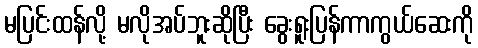
မပြင်းထန်လို့ မလိုအပ်ဘူးဆိုပြီး ခွေးရူးပြန်ကာကွယ်ဆေးကို